Civil Veterinary Department Bihar & Orissa reports 1929-36 - 1929-1936
Year: 1929
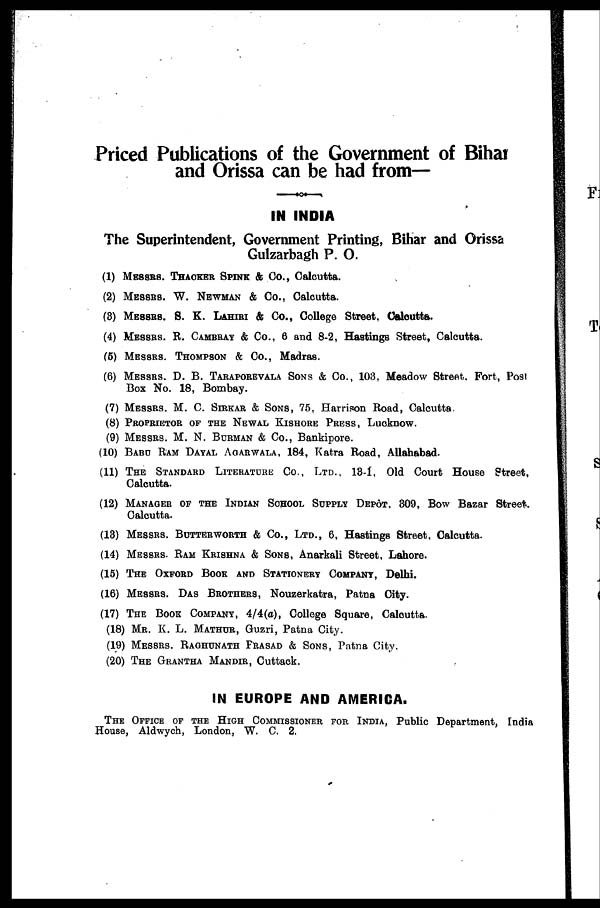
Priced Publications of the Government of Bihar
and Orissa can be had from—
IN INDIA
The Superintendent, Government Printing, Bihar and Orissa
Gulzarbagh P. O.
(1) MESSRS. THACKER SPINK & Co., Calcutta.
(2) MESSRS. W. NEWMAN & Co., Calcutta.
(3) MESSRS. S. K. LAHIRI & Co., College Street, Calcutta.
(4) MESSRS. R. CAMBRAY & Co., 6 and 8-2, Hastings Street, Calcutta.
(5) MESSRS. THOMPSON & Co., Madras.
(6) MESSRS. D. B. TARAPOREVALA SONS & Co., 103, Meadow Strest. Fort, Post
Box No. 18, Bombay.
(7) MESSRS.. M. C. SIRKAR & SONS, 75, Harrison Road, Calcutta
(8) PROPRIETOR OF THE NEWAL KISHORE PRESS, Lucknow.
(9) MESSRS. M. N. BURMAN & Co., Bankipore.
(10) BABU RAM DAYAL AGARWALA, 184, Katra Road, Allahabad.
(11) THE STANDARD LITERATURE Co., LTD., 18-1, Old Court House Street,
Calcutta.
(12) MANAGER OF THE INDIAN SCHOOL SUPPLY DEPÔT. 809, Bow Bazar Street.
Calcutta.
(18) MESSRS. BUTTERWORTH & Co., LTD., 6, Hastings Street. Calcutta.
(14) MESSRS. RAM KRISHNA & SONS, Anarkali Street, Lahore.
(15) THE OXFORD BOOK AND STATIONERY COMPANY, Delhi.
(16) MESSRS. DAS BROTHERS , Nouzerkatra, Patna City.
(17) THE BOOK COMPANY , 4/4(a), College Square, Calcutta.
(18) MR. K. L. MATHUR, Guzri, Patna City.
(19) MESSRS. RAGHUNATH PRASAD & SONS, Patna City.
(20) THE GRANTHA MANDIR, Cuttack.
IN EUROPE AND AMERICA.
THE OFFICE OF THE HIGH COMMISSIONER FOR INDIA , Public Department, India
House, Aldwych, London, W. C. 2.